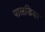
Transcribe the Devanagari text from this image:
पालडिया